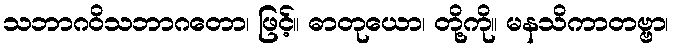
သဘာဂဝိသဘာဂတော၊ ဖြင့်။ ဓာတုယော၊ တို့ကို။ မနသိကာတဗ္ဗာ၊